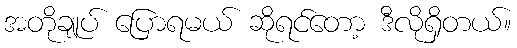
အတိုချုပ် ပြောရမယ် ဆိုရင်တော့ ဒီလိုရှိတယ်။